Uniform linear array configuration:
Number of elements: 24
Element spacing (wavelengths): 0.75
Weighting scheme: kaiser
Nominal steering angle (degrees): -45
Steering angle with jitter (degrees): -44.368
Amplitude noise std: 0.05
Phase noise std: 0.05

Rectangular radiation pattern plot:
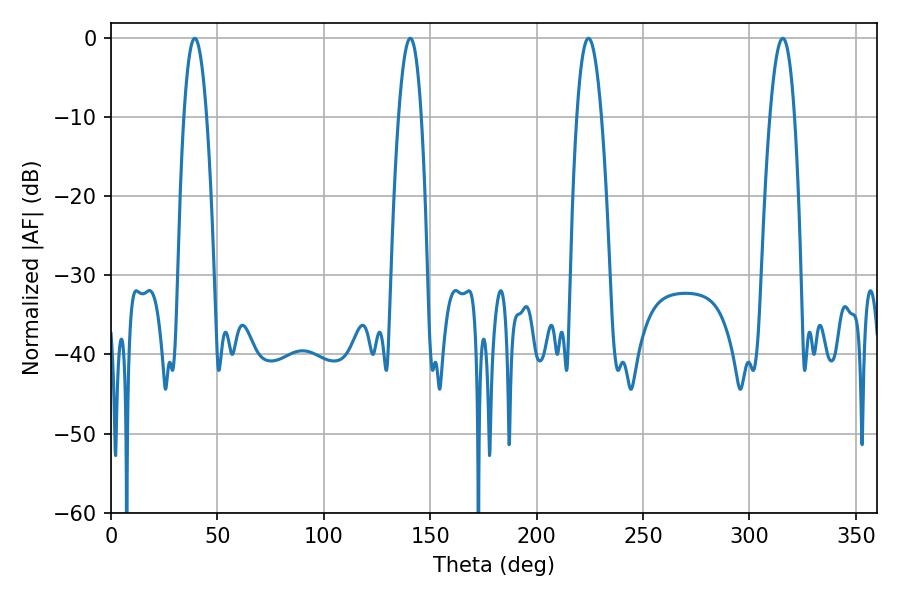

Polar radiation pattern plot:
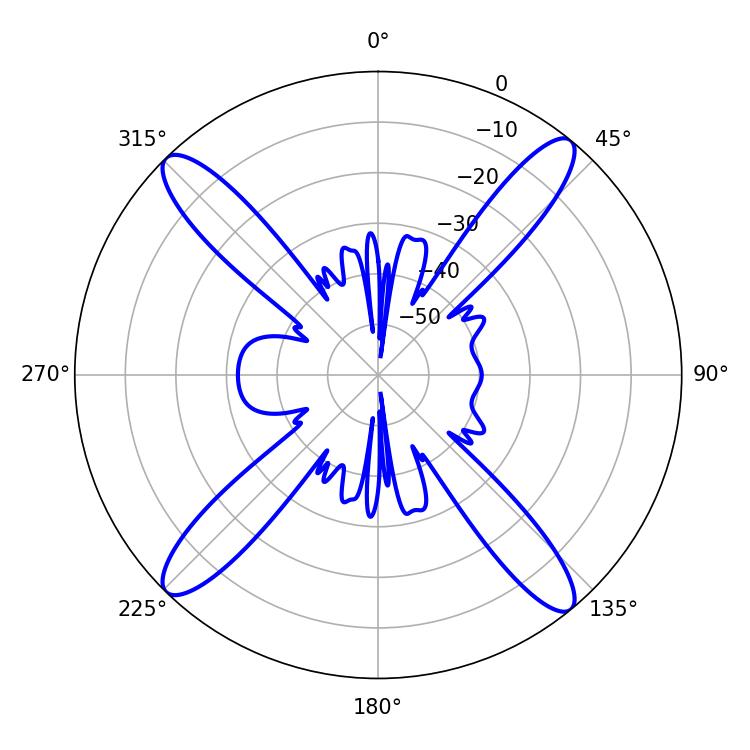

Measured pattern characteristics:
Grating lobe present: TRUE
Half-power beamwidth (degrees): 5.76
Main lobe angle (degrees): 39.42